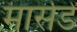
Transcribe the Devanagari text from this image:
मार्सडें